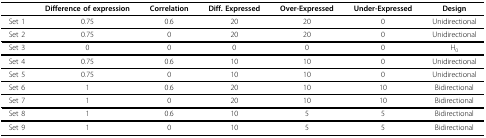
<table><thead><tr><td></td><td><b>Difference of expression</b></td><td><b>Correlation</b></td><td><b>Diff. Expressed</b></td><td><b>Over-Expressed</b></td><td><b>Under-Expressed</b></td><td><b>Design</b></td></tr></thead><tbody><tr><td>Set 1</td><td>0.75</td><td>0.6</td><td>20</td><td>20</td><td>0</td><td>Unidirectional</td></tr><tr><td>Set 2</td><td>0.75</td><td>0</td><td>20</td><td>20</td><td>0</td><td>Unidirectional</td></tr><tr><td>Set 3</td><td>0</td><td>0</td><td>0</td><td>0</td><td>0</td><td>H<sub>0</sub></td></tr><tr><td>Set 4</td><td>0.75</td><td>0.6</td><td>10</td><td>10</td><td>0</td><td>Unidirectional</td></tr><tr><td>Set 5</td><td>0.75</td><td>0</td><td>10</td><td>10</td><td>0</td><td>Unidirectional</td></tr><tr><td>Set 6</td><td>1</td><td>0.6</td><td>20</td><td>10</td><td>10</td><td>Bidirectional</td></tr><tr><td>Set 7</td><td>1</td><td>0</td><td>20</td><td>10</td><td>10</td><td>Bidirectional</td></tr><tr><td>Set 8</td><td>1</td><td>0.6</td><td>10</td><td>5</td><td>5</td><td>Bidirectional</td></tr><tr><td>Set 9</td><td>1</td><td>0</td><td>10</td><td>5</td><td>5</td><td>Bidirectional</td></tr></tbody></table>